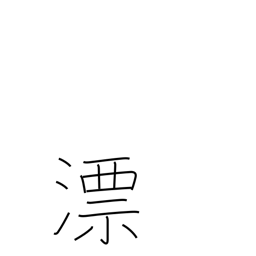
Meaning: float (on liquid)